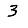
Digit: 3